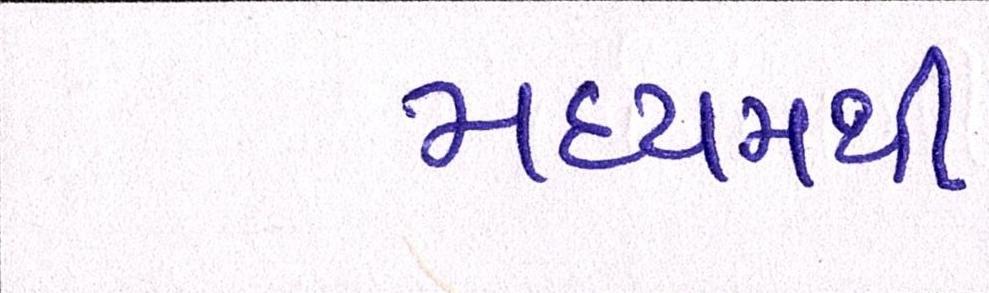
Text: મધ્યમથી